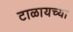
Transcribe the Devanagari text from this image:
टाळायच्या